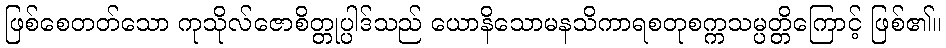
ဖြစ်စေတတ်သော ကုသိုလ်ဇောစိတ္တုပ္ပါဒ်သည် ယောနိသောမနသိကာရစတုစက္ကသမ္ပတ္တိကြောင့် ဖြစ်၏။